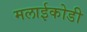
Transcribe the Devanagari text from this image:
मलाईकोडी